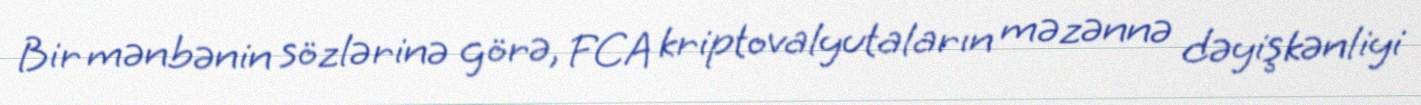
Bir mənbənin sözlərinə görə, FCA kriptovalyutaların məzənnə dəyişkənliyi